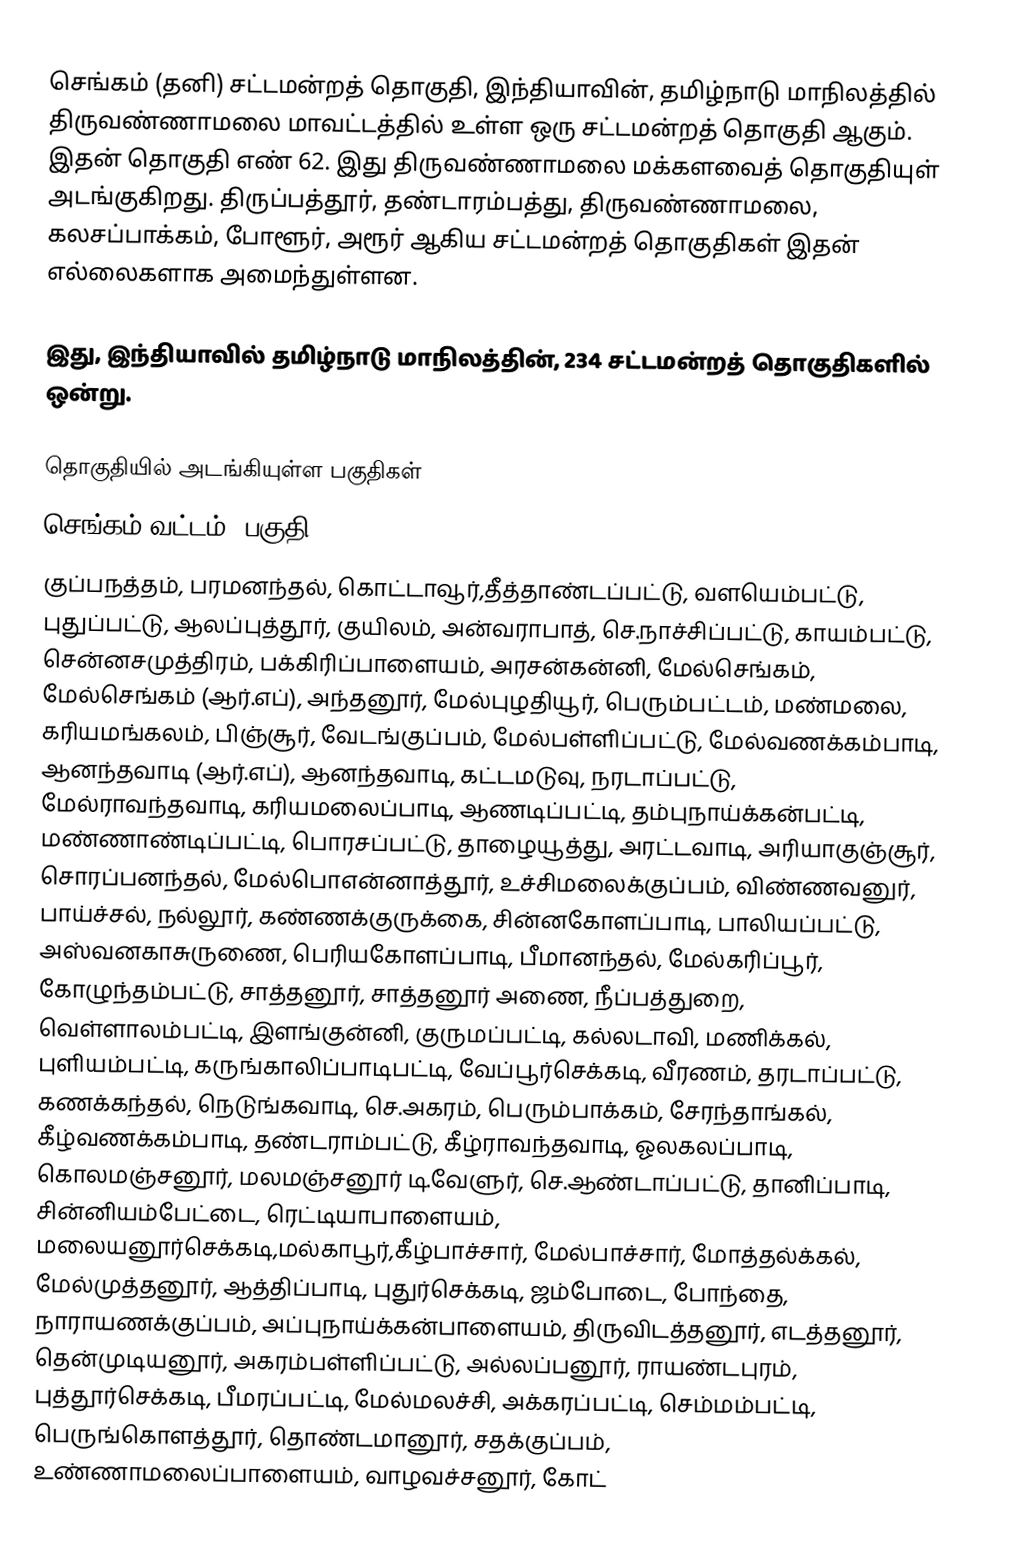
செங்கம்  (தனி) சட்டமன்றத் தொகுதி, இந்தியாவின், தமிழ்நாடு மாநிலத்தில்  திருவண்ணாமலை மாவட்டத்தில் உள்ள ஒரு சட்டமன்றத் தொகுதி ஆகும். இதன் தொகுதி எண் 62. இது திருவண்ணாமலை மக்களவைத் தொகுதியுள் அடங்குகிறது. திருப்பத்தூர், தண்டாரம்பத்து, திருவண்ணாமலை, கலசப்பாக்கம், போளூர், அரூர் ஆகிய சட்டமன்றத் தொகுதிகள் இதன் எல்லைகளாக அமைந்துள்ளன.

இது, இந்தியாவில் தமிழ்நாடு மாநிலத்தின், 234 சட்டமன்றத் தொகுதிகளில் ஒன்று.

தொகுதியில் அடங்கியுள்ள பகுதிகள்
செங்கம் வட்டம் (பகுதி)
குப்பநத்தம், பரமனந்தல், கொட்டாவூர்,தீத்தாண்டப்பட்டு, வளயெம்பட்டு, புதுப்பட்டு, ஆலப்புத்தூர், குயிலம், அன்வராபாத், செ.நாச்சிப்பட்டு, காயம்பட்டு, சென்னசமுத்திரம், பக்கிரிப்பாளையம், அரசன்கன்னி, மேல்செங்கம், மேல்செங்கம் (ஆர்.எப்), அந்தனூர், மேல்புழதியூர், பெரும்பட்டம், மண்மலை, கரியமங்கலம், பிஞ்சூர், வேடங்குப்பம், மேல்பள்ளிப்பட்டு, மேல்வணக்கம்பாடி, ஆனந்தவாடி (ஆர்.எப்), ஆனந்தவாடி, கட்டமடுவு, நரடாப்பட்டு, மேல்ராவந்தவாடி, கரியமலைப்பாடி, ஆணடிப்பட்டி, தம்புநாய்க்கன்பட்டி, மண்ணாண்டிப்பட்டி, பொரசப்பட்டு, தாழையூத்து, அரட்டவாடி, அரியாகுஞ்சூர், சொரப்பனந்தல், மேல்பொஎன்னாத்தூர், உச்சிமலைக்குப்பம், விண்ணவனுர், பாய்ச்சல், நல்லூர், கண்ணக்குருக்கை, சின்னகோளப்பாடி, பாலியப்பட்டு, அஸ்வனகாசுருணை, பெரியகோளப்பாடி, பீமானந்தல், மேல்கரிப்பூர், கோழுந்தம்பட்டு, சாத்தனூர், சாத்தனூர் அணை, நீப்பத்துறை, வெள்ளாலம்பட்டி, இளங்குன்னி, குருமப்பட்டி, கல்லடாவி, மணிக்கல், புளியம்பட்டி, கருங்காலிப்பாடிபட்டி, வேப்பூர்செக்கடி, வீரணம், தரடாப்பட்டு, கணக்கந்தல், நெடுங்கவாடி, செ.அகரம், பெரும்பாக்கம், சேரந்தாங்கல், கீழ்வணக்கம்பாடி, தண்டராம்பட்டு, கீழ்ராவந்தவாடி, ஓலகலப்பாடி, கொலமஞ்சனூர், மலமஞ்சனூர் டி.வேளுர், செ.ஆண்டாப்பட்டு, தானிப்பாடி, சின்னியம்பேட்டை, ரெட்டியாபாளையம், மலையனூர்செக்கடி,மல்காபூர்,கீழ்பாச்சார், மேல்பாச்சார், மோத்தல்க்கல், மேல்முத்தனூர், ஆத்திப்பாடி, புதுர்செக்கடி, ஜம்போடை, போந்தை, நாராயணக்குப்பம், அப்புநாய்க்கன்பாளையம், திருவிடத்தனூர், எடத்தனூர், தென்முடியனூர், அகரம்பள்ளிப்பட்டு, அல்லப்பனூர், ராயண்டபுரம், புத்தூர்செக்கடி, பீமரப்பட்டி, மேல்மலச்சி, அக்கரப்பட்டி, செம்மம்பட்டி, பெருங்கொளத்தூர், தொண்டமானூர், சதக்குப்பம், உண்ணாமலைப்பாளையம், வாழவச்சனூர், கோட்